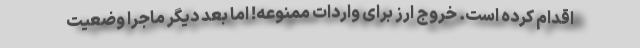
اقدام کرده است. خروج ارز برای واردات ممنوعه! اما بعد دیگر ماجرا وضعیت